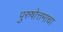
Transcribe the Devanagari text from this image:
पुरुषोत्तमाचा